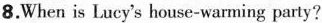
8.When is Lucy's house-warming party?